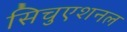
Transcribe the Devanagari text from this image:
सिचुएशनल